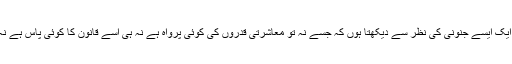
میں بحیثیت جرمیات کے طالبِ علم کے مودی کو ایک ایسے جنونی کی نظر سے دیکھتا ہوں کہ جسے نہ تو معاشرتی قدروں کی کوئی پرواہ ہے نہ ہی اسے قانون کا کوئی پاس ہے نہ ہی انسانیت کی اس کی نظر میں کوئی اہمیت ہے۔